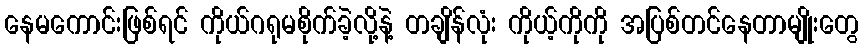
နေမကောင်းဖြစ်ရင် ကိုယ်ဂရုမစိုက်ခဲ့လို့နဲ့ တချိန်လုံး ကိုယ့်ကိုကို အပြစ်တင်နေတာမျိုးတွေ